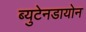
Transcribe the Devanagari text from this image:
ब्युटेनडायोन